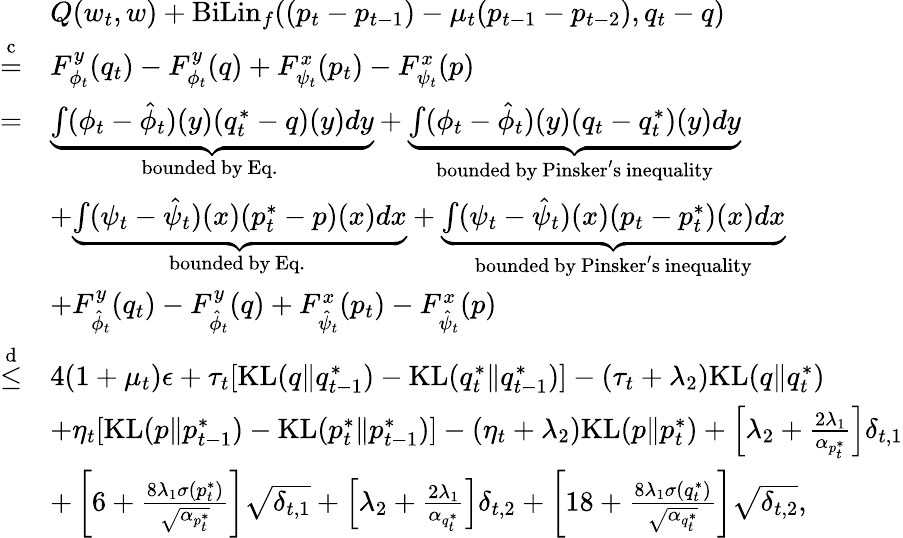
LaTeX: \begin{array}{rl}&{Q(w_{t},w)+\mathrm{BiLin}_{f}((p_{t}-p_{t-1})-\mu_{t}(p_{t-1}-p_{t-2}),q_{t}-q)}\\ {\overset{\mathrm{c}}{=}}&{F_{\phi_{t}}^{y}(q_{t})-F_{\phi_{t}}^{y}(q)+F_{\psi_{t}}^{x}(p_{t})-F_{\psi_{t}}^{x}(p)}\\ {=}&{\underbrace{\int(\phi_{t}-\hat{\phi}_{t})(y)(q_{t}^{*}-q)(y)dy}_{\mathrm{bounded~by~Eq.~}}+\underbrace{\int(\phi_{t}-\hat{\phi}_{t})(y)(q_{t}-q_{t}^{*})(y)dy}_{\mathrm{bounded~by~Pinsker's~inequality}}}\\ &{+\underbrace{\int(\psi_{t}-\hat{\psi}_{t})(x)(p_{t}^{*}-p)(x)dx}_{\mathrm{bounded~by~Eq.~}}+\underbrace{\int(\psi_{t}-\hat{\psi}_{t})(x)(p_{t}-p_{t}^{*})(x)dx}_{\mathrm{bounded~by~Pinsker's~inequality}}}\\ &{+F_{\hat{\phi}_{t}}^{y}(q_{t})-F_{\hat{\phi}_{t}}^{y}(q)+F_{\hat{\psi}_{t}}^{x}(p_{t})-F_{\hat{\psi}_{t}}^{x}(p)}\\ {\overset{\mathrm{d}}{\leq}}&{4(1+\mu_{t})\epsilon+\tau_{t}[\mathrm{KL}(q\| q_{t-1}^{*})-\mathrm{KL}(q_{t}^{*}\| q_{t-1}^{*})]-(\tau_{t}+\lambda_{2})\mathrm{KL}(q\| q_{t}^{*})}\\ &{+\eta_{t}[\mathrm{KL}(p\| p_{t-1}^{*})-\mathrm{KL}(p_{t}^{*}\| p_{t-1}^{*})]-(\eta_{t}+\lambda_{2})\mathrm{KL}(p\| p_{t}^{*})+\left[\lambda_{2}+\frac{2\lambda_{1}}{\alpha_{p_{t}^{*}}}\right]\delta_{t,1}}\\ &{+\left[6+\frac{8\lambda_{1}\sigma(p_{t}^{*})}{\sqrt{\alpha_{p_{t}^{*}}}}\right]\sqrt{\delta_{t,1}}+\left[\lambda_{2}+\frac{2\lambda_{1}}{\alpha_{q_{t}^{*}}}\right]\delta_{t,2}+\left[18+\frac{8\lambda_{1}\sigma(q_{t}^{*})}{\sqrt{\alpha_{q_{t}^{*}}}}\right]\sqrt{\delta_{t,2}},}\end{array}